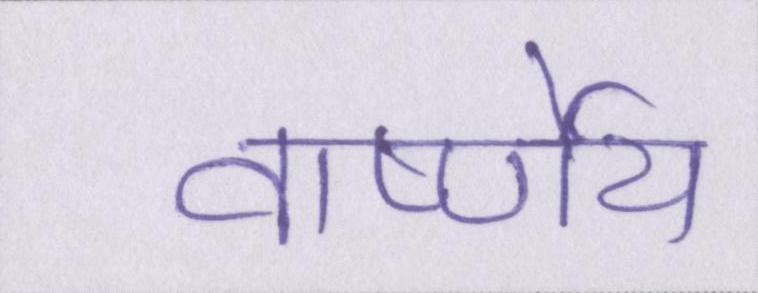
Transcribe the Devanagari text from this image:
वार्ष्णेय